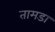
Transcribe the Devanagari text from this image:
तामडा